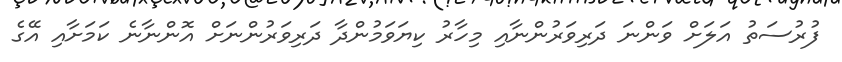
ފުރުސަތު އަލަށް ވަންނަ ދަރިވަރުންނާއި މިހާރު ކިޔަވަމުންދާ ދަރިވަރުންނަށް އޮންނާނެ ކަމަށާއި އޭގެ